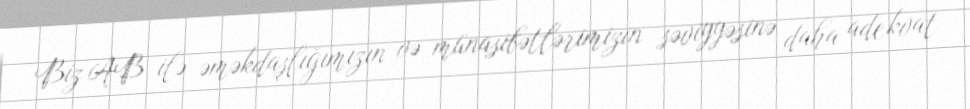
Biz AB ilə əməkdaşlığımızın və münasibətlərimizin səviyyəsinə daha adekvat